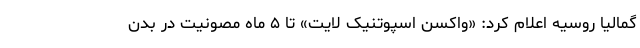
گمالیا روسیه اعلام کرد: «واکسن اسپوتنیک لایت» تا ۵ ماه مصونیت در بدن